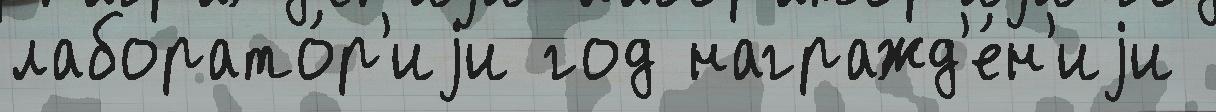
лаборато́р'иjи год награжд'е́н'иjи